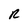
Character: R